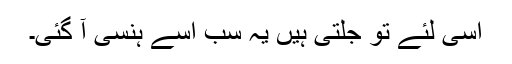
اسی لئے تو جلتی ہیں یہ سب اسے ہنسی آ گئی۔